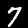
Label: 7